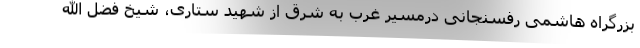
بزرگراه هاشمی رفسنجانی درمسیر غرب به شرق از شهید ستاری، شیخ فضل الله